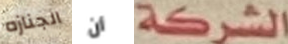
الجنازه أن الشركة